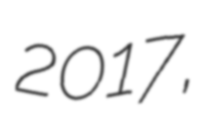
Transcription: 2017,